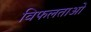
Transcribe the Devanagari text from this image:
विफलताओ